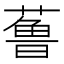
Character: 𱾢